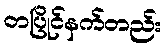
တပြိုင်နက်တည်း